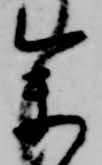
参